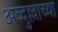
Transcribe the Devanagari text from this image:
अब्दुल्लाच्या